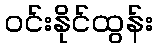
ဝင်းနိုင်ထွန်း